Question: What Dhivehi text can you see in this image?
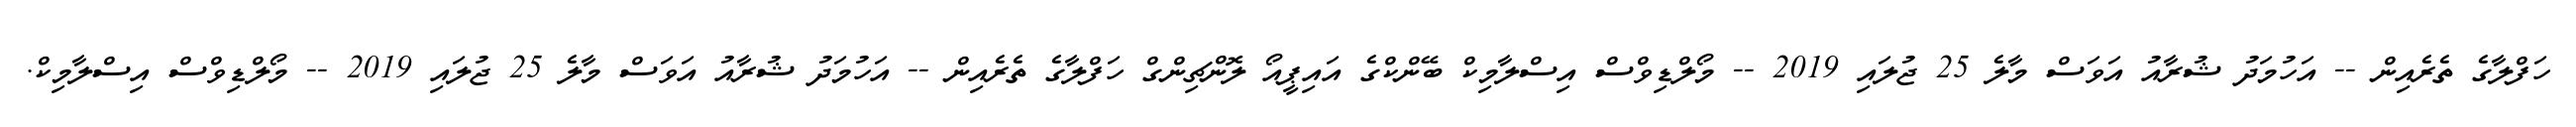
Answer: ހަފްލާގެ ތެރެއިން -- އަހުމަދު ޝުރާއު އަވަސް މާލެ 25 ޖުލައި 2019 -- މޯލްޑިވްސް އިސްލާމިކް ބޭންކްގެ އައިޕީއޯ ލޮންޗިންގް ހަފްލާގެ ތެރެއިން -- އަހުމަދު ޝުރާއު އަވަސް މާލެ 25 ޖުލައި 2019 -- މޯލްޑިވްސް އިސްލާމިކް.